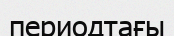
периодтағы